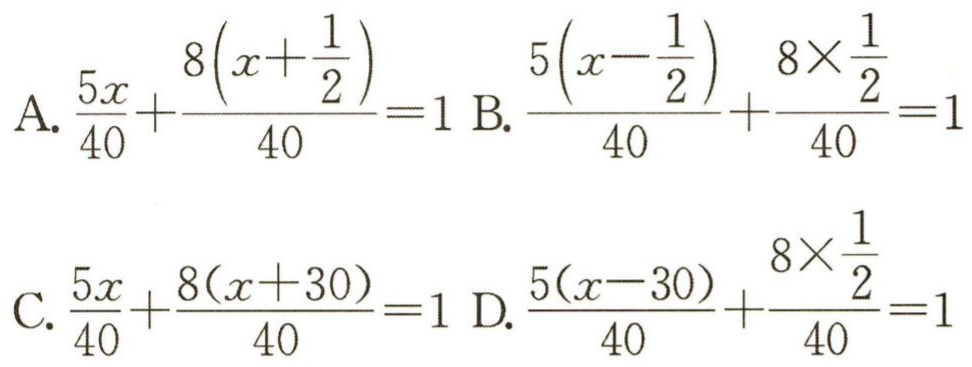
A. \(\frac{5x}{40}+\frac{8\left(x + \frac{1}{2}\right)}{40}=1\) B. \(\frac{5\left(x-\frac{1}{2}\right)}{40}+\frac{8\times\frac{1}{2}}{40}=1\)
C. \(\frac{5x}{40}+\frac{8(x + 30)}{40}=1\) D. \(\frac{5(x - 30)}{40}+\frac{8\times\frac{1}{2}}{40}=1\)